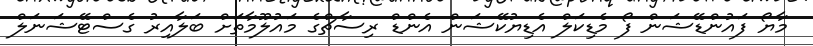
މާޔޯ ފައުންޑޭޝަން ފޯ މެޑިކަލް އެޑިޔުކޭޝަން އެންޑް ރިސާޗްގެ މައުލޫމާތަށް ބަލާއިރު ގެސްޓޭޝަނަލް